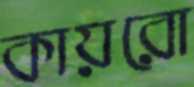
কায়রো